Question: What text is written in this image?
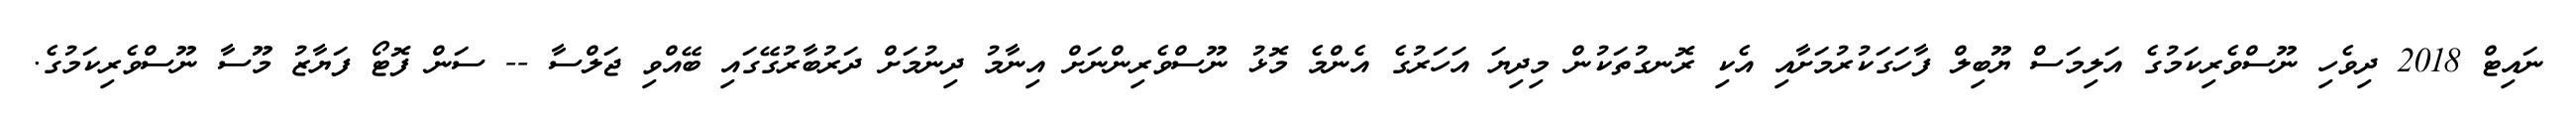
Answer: ނައިޓް 2018 ދިވެހި ނޫސްވެރިކަމުގެ އަލިމަސް ޔޫބިލް ފާހަގަކުރުމަށާއި އެކި ރޮނގުތަކުން މިދިޔަ އަހަރުގެ އެންމެ މޮޅު ނޫސްވެރިންނަށް އިނާމު ދިނުމަށް ދަރުބާރުގޭގައި ބޭއްވި ޖަލްސާ -- ސަން ފޮޓޯ ފަޔާޒު މޫސާ ނޫސްވެރިކަމުގެ.